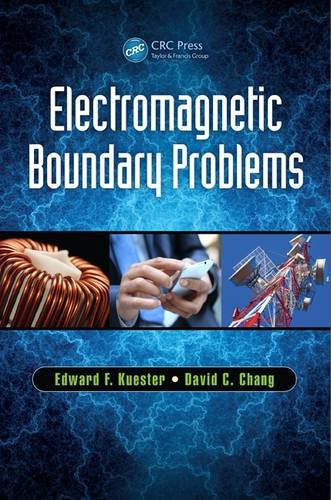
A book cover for Electromagnetic Boundary Problems; Edward F. Kuester; Science & Math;